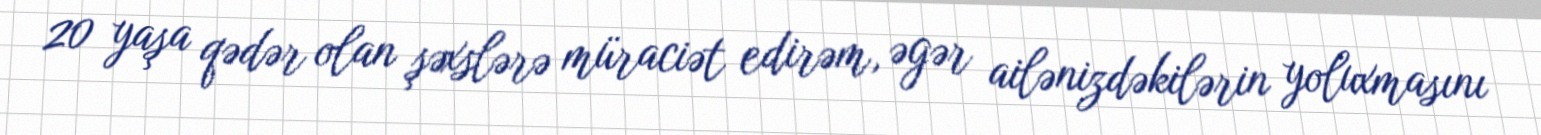
20 yaşa qədər olan şəxslərə müraciət edirəm, əgər ailənizdəkilərin yoluxmasını